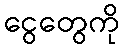
ငွေတွေကို